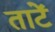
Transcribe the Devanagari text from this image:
ताटें